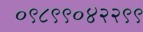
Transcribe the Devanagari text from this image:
०९८९९०४२२९९